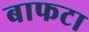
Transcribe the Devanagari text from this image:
बाफटा